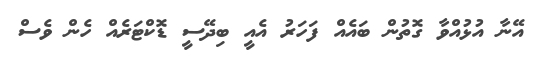
އޭނާ އުޅުއްވާ ގޮތުން ބައެއް ފަހަރު އެއީ ބިދޭސީ ޑޮކްޓަރެއް ހެން ވެސް